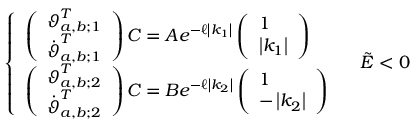
\left\{ \begin{array} { l l } { \left( \begin{array} { l } { \boldsymbol { \vartheta } _ { a , b ; 1 } ^ { T } } \\ { \dot { \boldsymbol { \vartheta } } _ { a , b ; 1 } ^ { T } } \end{array} \right) \boldsymbol { C } = A e ^ { - \ell \left| k _ { 1 } \right| } \left( \begin{array} { l } { 1 } \\ { \left| k _ { 1 } \right| } \end{array} \right) } \\ { \left( \begin{array} { l } { \boldsymbol { \vartheta } _ { a , b ; 2 } ^ { T } } \\ { \dot { \boldsymbol { \vartheta } } _ { a , b ; 2 } ^ { T } } \end{array} \right) \boldsymbol { C } = B e ^ { - \ell \left| k _ { 2 } \right| } \left( \begin{array} { l } { 1 } \\ { - \left| k _ { 2 } \right| } \end{array} \right) } \end{array} \right. \quad \tilde { E } < 0